Vaccination in Burma 1920-1933 - 1920-1933
Year: 1920
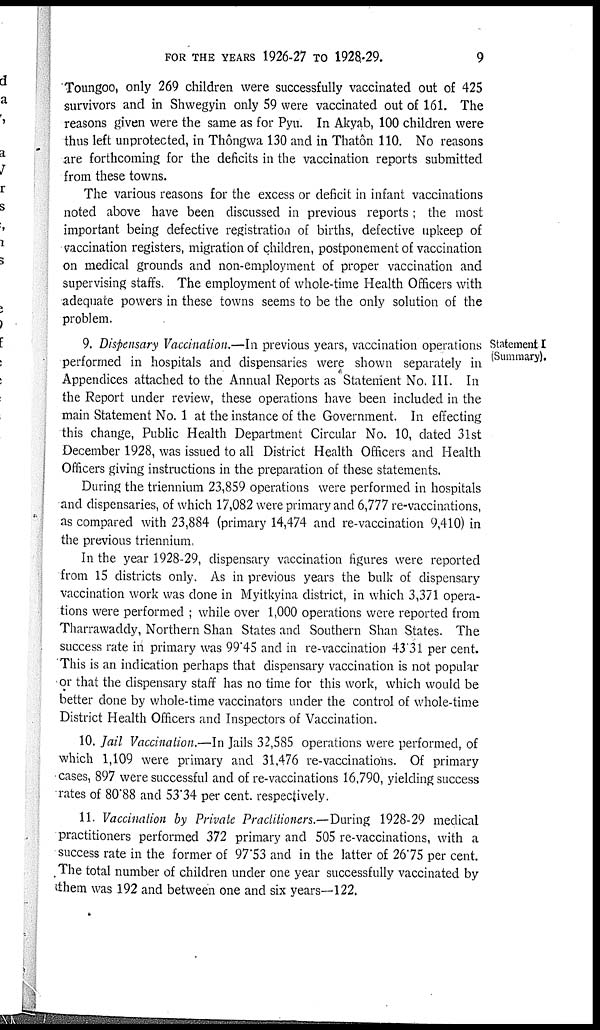
FOR THE YEARS 1926-27 TO 1928-29.
9
Toungoo, only 269 children were successfully vaccinated out of 425
survivors and in Shwegyin only 59 were vaccinated out of 161. The
reasons given were the same as for Pyu. In Akyab, 100 children were
thus left unprotected, in Thôngwa 130 and in Thatôn 110. No reasons
are forthcoming for the deficits in the vaccination reports submitted
from these towns.
The various reasons for the excess or deficit in infant vaccinations
noted above have been discussed in previous reports; the most
important being defective registration of births, defective upkeep of
vaccination registers, migration of children, postponement of vaccination
on medical grounds and non-employment of proper vaccination and
supervising staffs. The employment of whole-time Health Officers with
adequate powers in these towns seems to be the only solution of the
problem.
Statement I
(Summary).
9. Dispensary Vaccination.—In previous years, vaccination operations
performed in hospitals and dispensaries were shown separately in
Appendices attached to the Annual Reports as Statement No. III. In
the Report under review, these operations have been included in the
main Statement No. 1 at the instance of the Government. In effecting
this change, Public Health Department Circular No. 10, dated 31st
December 1928, was issued to all District Health Officers and Health
Officers giving instructions in the preparation of these statements.
During the triennium 23,859 operations were performed in hospitals
and dispensaries, of which 17,082 were primary and 6,777 re-vaccinations,
as compared with 23,884 (primary 14,474 and re-vaccination 9,410) in
the previous triennium.
In the year 1928-29, dispensary vaccination figures were reported
from 15 districts only. As in previous years the bulk of dispensary
vaccination work was done in Myitkyina district, in which 3,371 opera-
tions were performed ; while over 1,000 operations were reported from
Tharrawaddy, Northern Shan States and Southern Shan States. The
success rate in primary was 99.45 and in re-vaccination 43.31 per cent.
This is an indication perhaps that dispensary vaccination is not popular
or that the dispensary staff has no time for this work, which would be
better done by whole-time vaccinators under the control of whole-time
District Health Officers and Inspectors of Vaccination.
10. Jail Vaccination.—In Jails 32,585 operations were performed, of
which 1,109 were primary and 31,476 re-vaccinations. Of primary
cases, 897 were successful and of re-vaccinations 16,790, yielding success
rates of 80.88 and 53.34 per cent. respectively.
11. Vaccination by Private Practitioners.—During 1928-29 medical
practitioners performed 372 primary and 505 re-vaccinations, with a
success rate in the former of 97.53 and in the latter of 26.75 per cent.
The total number of children under one year successfully vaccinated by
them was 192 and between one and six years—122.